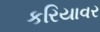
કરિયાવર